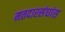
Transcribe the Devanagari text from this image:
मतदारसंघांस